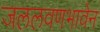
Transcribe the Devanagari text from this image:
जललवणभावेन